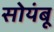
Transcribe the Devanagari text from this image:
सोयंबू